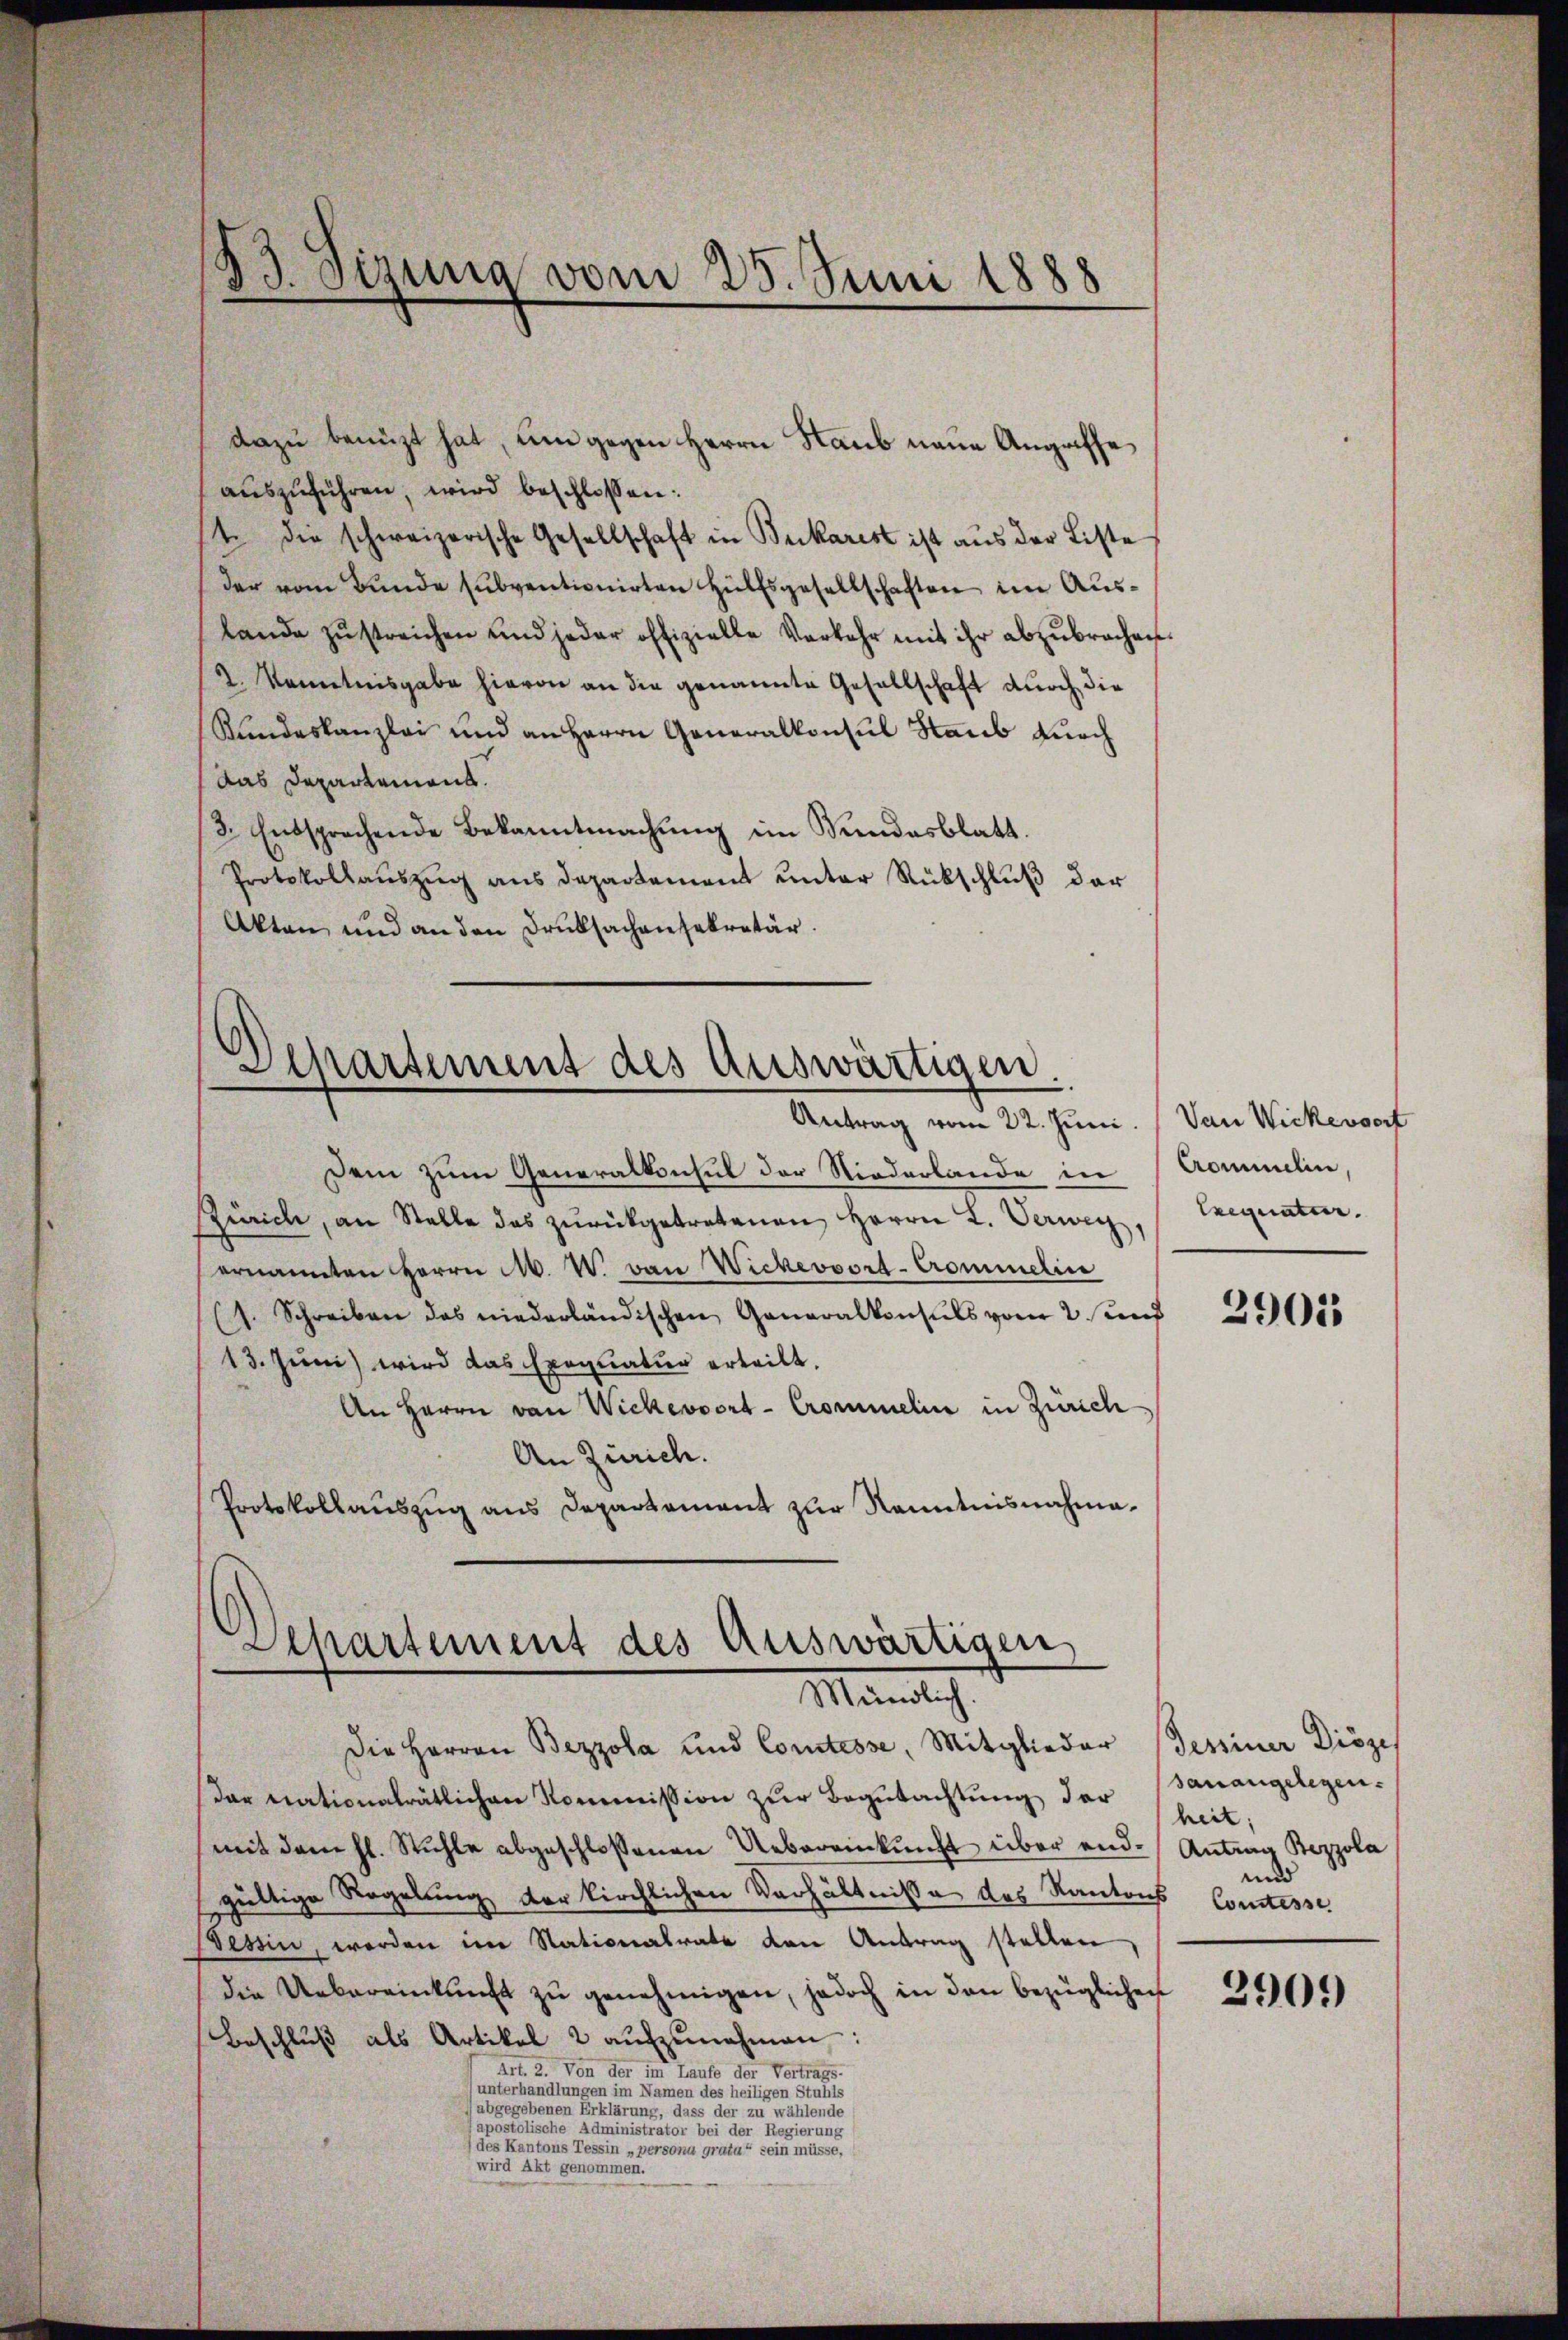
d
Sizung vom 25. Juni 1888

dazu benuzt hat, um gegen Herrn Staub neue Angaffe
aŭszŭführen, wird beschlossen:
t. die schweizerische Gesellschaft in Bukarest ist aus der Liste
(der vom Bunde subventionirten Hülfsgesellschaften im Auslande zŭstreichen und jeder offizielle Verkehr mit ihr abzŭbrachen.
2. Kenntnisgabe hievon an die genannte Gesellschaft durch die
Rundeskanzlei und an Herrn Generalkonsul Haub durch
Das Departement.
3. Entsprechende Bekanntmachung im Sundesblatt.
Protokollaŭszŭg ans Departement ŭnter Rückschlŭβ der
Akten und an den Druksachensekretär.

Departement des auswärtigen.
Antrag vom 22. Juni.

Dem zum Generalkonsul der Niederlande in Commelin,
Zürich, an Stelle das zŭrückgetretenen Herrn L. Verweg,
ernannten Herrn M. W. von Wickervort-Crommelin
(1. Schreiben des niederländischen Generalkonsuls vom 2. und
13. Juni wird das Exequatuor erteilt.
An Herrn von Wickerwort-Crommelin in Zürich
An Zürich.
Protokollaŭszŭg ans Departement zur Kenntnisnahma¬

Apartement des Auswärtigen,
Mantlich
Die Herren Bezzola und Comtesse, Mitglieder Tessiner Diözes

Van Wickendorf
Exequatur.

dar nationalrätlichen Kommission zŭr Begutachtung der
mit dem hl. Stühle abgeschlossenen Uebereinkunft über end-Antrag Bezzola
gültige Regelung der kirchlichen Verhältnisse des Kantons Comtesse
essin, werden im Nationalrate den Antrag stellen
die Uebereinkunft zu genehmigen, jedoch in den bezüglichen
Beschlŭβ als Artikel 2 aŭfzŭnehmen:
Art. 2. Von der im Laufe der Vertrags-
(unterhandlungen im Namen des heiligen Stuhls
abgegebenen Erklärung, dass der zu wählende
(apostolische Administrator bei der Regierung
(des Kantons Tessin „persona grata“ sein müsse,
wird Akt genommen.

2905

sanangelegen.
heit;
und

2909